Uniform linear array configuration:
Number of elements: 4
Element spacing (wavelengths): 0.25
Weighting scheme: hann
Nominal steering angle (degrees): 0
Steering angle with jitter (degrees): -0.1385
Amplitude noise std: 0.05
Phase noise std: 0.05

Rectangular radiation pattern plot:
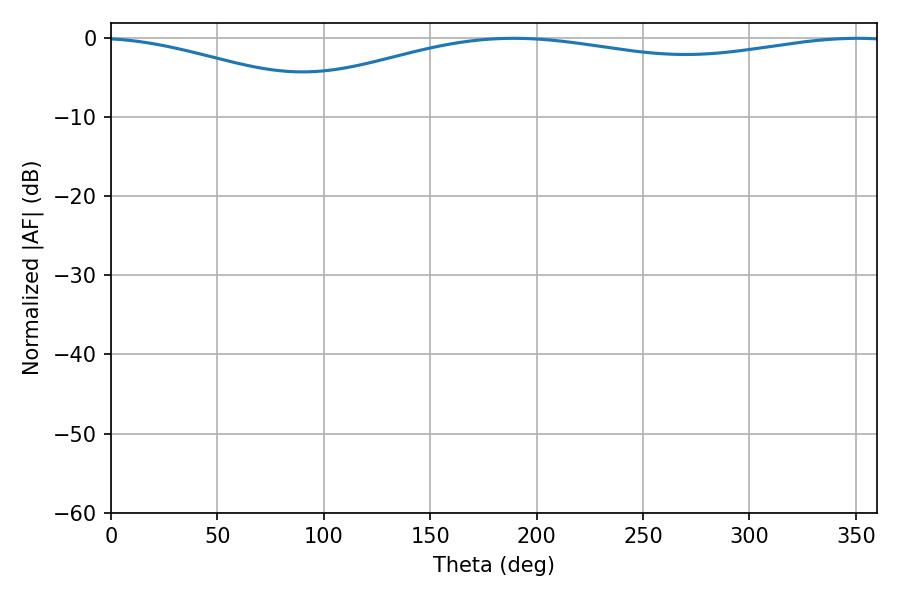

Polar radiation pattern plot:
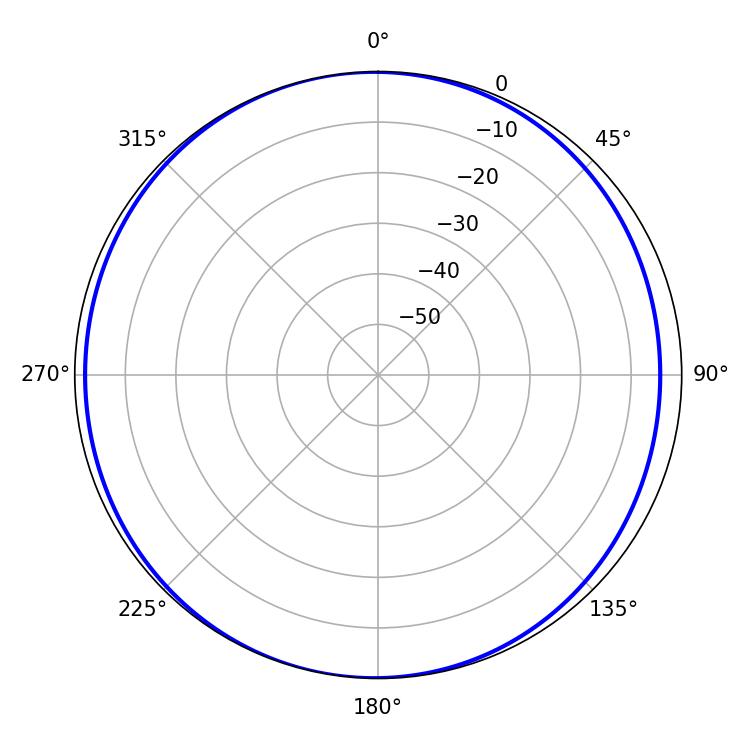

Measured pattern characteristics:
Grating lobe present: FALSE
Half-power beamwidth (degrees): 237.06
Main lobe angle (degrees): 189.18